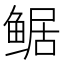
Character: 𱈀